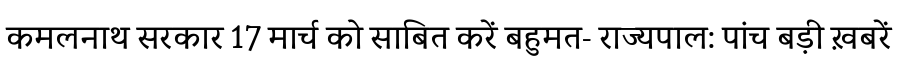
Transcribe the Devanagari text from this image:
कमलनाथ सरकार 17 मार्च को साबित करें बहुमत- राज्यपाल: पांच बड़ी ख़बरें